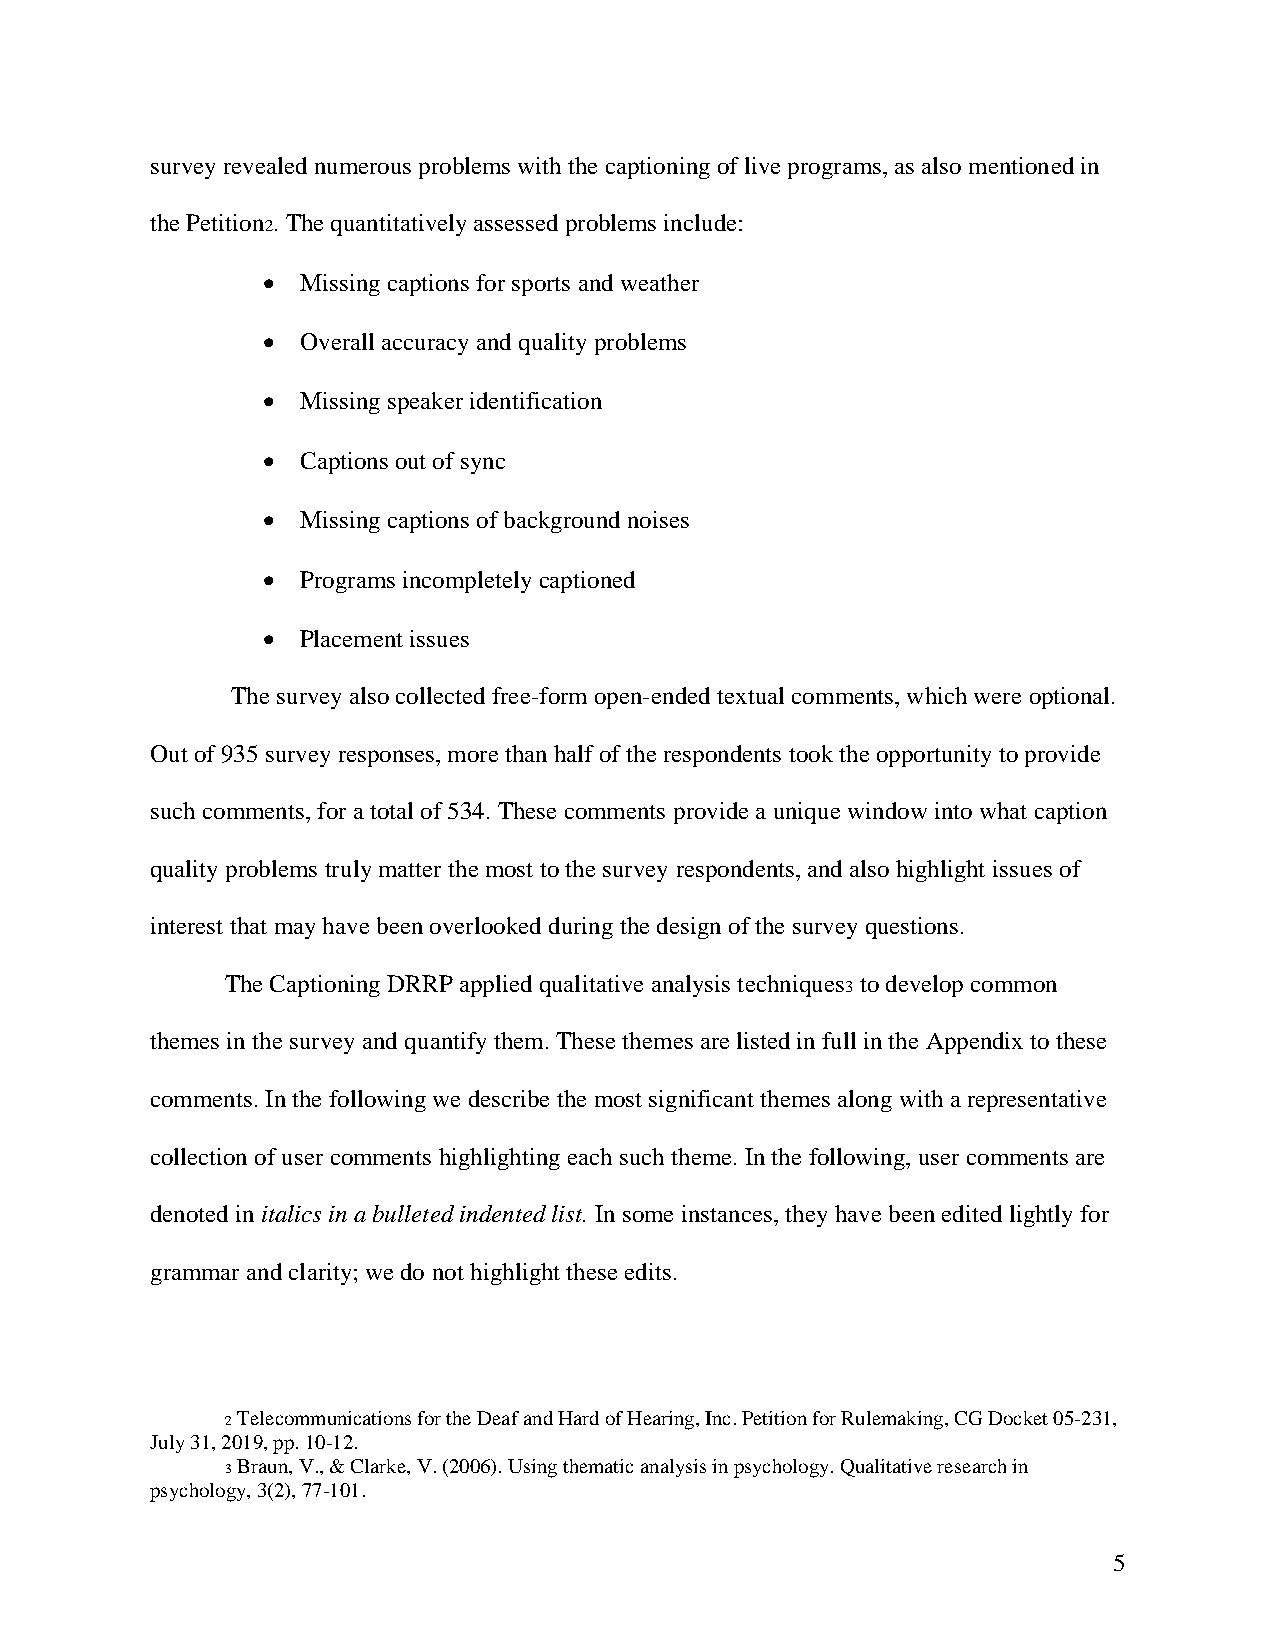
survey revealed numerous problems with the captioning of live programs, as also mentioned in
 the Petition . The quantitatively assessed problems include:
 2
 •  Missing captions for sports and weather
 •  Overall accuracy and quality problems
 •  Missing speaker identification
 •  Captions out of sync
 •  Missing captions of background noises
 •  Programs incompletely captioned
 •  Placement issues
 The survey also collected free-form open-ended textual comments, which were optional.
 Out of 935 survey responses, more than half of the respondents took the opportunity to provide
 such comments, for a total of 534. These comments provide a unique window into what caption
 quality problems truly matter the most to the survey respondents, and also highlight issues of
 interest that may have been overlooked during the design of the survey questions.
 The Captioning DRRP applied qualitative analysis techniques to develop common
 3
 themes in the survey and quantify them. These themes are listed in full in the Appendix to these
 comments. In the following we describe the most significant themes along with a representative
 collection of user comments highlighting each such theme. In the following, user comments are
 denoted in italics in a bulleted indented list. In some instances, they have been edited lightly for
 grammar and clarity; we do not highlight these edits.
 2 Telecommunications for the Deaf and Hard of Hearing, Inc. Petition for Rulemaking, CG Docket 05-231,
 July 31, 2019, pp. 10-12.
 3 Braun, V., & Clarke, V. (2006). Using thematic analysis in psychology. Qualitative research in
 psychology, 3(2), 77-101.
 5